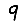
Digit: 9